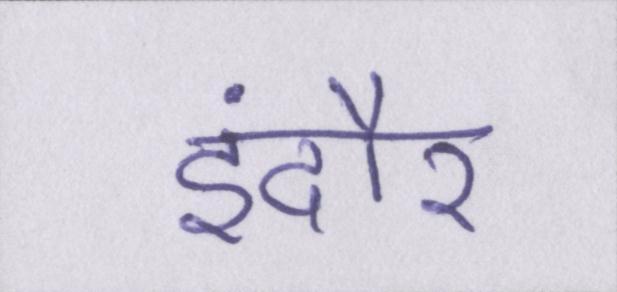
इंदौर